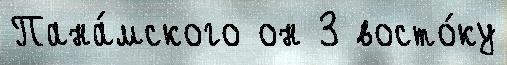
Пана́мского он 3 восто́ку